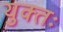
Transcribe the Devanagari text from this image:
युक्‍तः